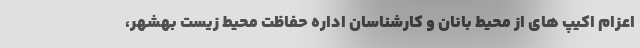
اعزام اکیپ های از محیط بانان و کارشناسان اداره حفاظت محیط زیست بهشهر،